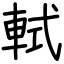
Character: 軾